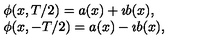
\begin{array} { l } { \phi ( x , T / 2 ) = a ( x ) + \imath b ( x ) , \nonumber } \\ { \phi ( x , - T / 2 ) = a ( x ) - \imath b ( x ) , } \\ \end{array}